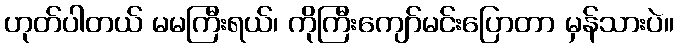
ဟုတ်ပါတယ် မမကြီးရယ်၊ ကိုကြီးကျော်မင်းပြောတာ မှန်သားပဲ။